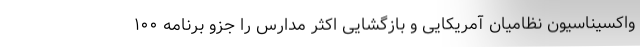
واکسیناسیون نظامیان آمریکایی و بازگشایی اکثر مدارس را جزو برنامه ۱۰۰